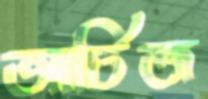
আর্চিজ